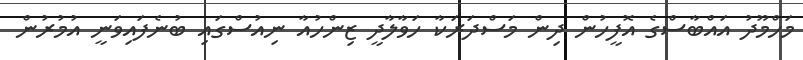
މަހްމޫދު އައްބާސްގެ އޮފީހުން ދިން މަސްދަރަކާ ހަވާލާދީ ޒިންހުއާ ނިއުސްގައި ބުނެފައިވަނީ އުމުރުން